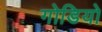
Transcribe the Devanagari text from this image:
गोडियो